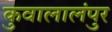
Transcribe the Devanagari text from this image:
कुवालालंपुर